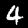
Digit: 4